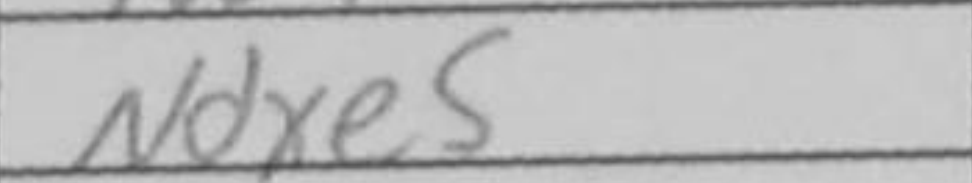
Transcription: Ndxe5